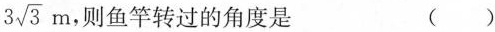
3\sqrt{3}m，则鱼竿转过的角度是 ()